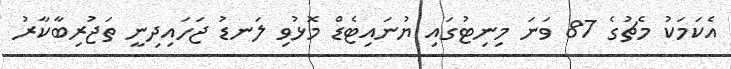
އެކަމަކު މެޗުގެ 87 ވަނަ މިނިޓުގައި ޔުނައިޓެޑް މޮޅުވި ލަނޑު ޖަހައިދިނީ ތަޖުރިބާކާރު